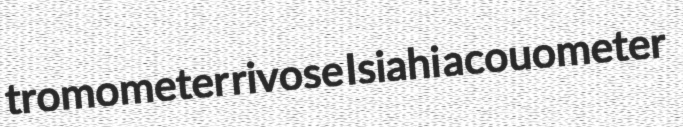
tromometer rivose Isiahi acouometer